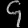
Digit: ၄